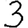
Digit: 3